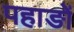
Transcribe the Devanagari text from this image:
पहाङों